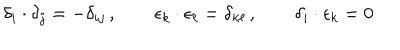
\delta _ { i } \cdot \delta _ { j } = - \delta _ { i j } \, , \qquad \epsilon _ { k } \cdot \epsilon _ { \ell } = \delta _ { k \ell } \, , \qquad \delta _ { i } \cdot \epsilon _ { k } = 0